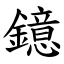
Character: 鐿